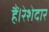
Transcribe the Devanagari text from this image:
हैं।रेशेदार